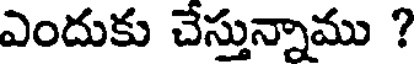
ఎందుకు చేస్తున్నాము ?